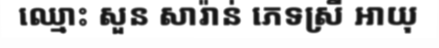
ឈ្មោះ សួន សារ៉ាន់ ភេទស្រី អាយុ